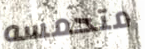
متحمسه